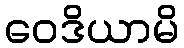
ဝေဒိယာမိ